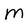
Character: M